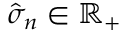
\hat { \sigma } _ { n } \in \mathbb { R } _ { + }